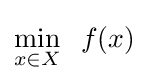
\min _{x\in X}\;\;f(x)